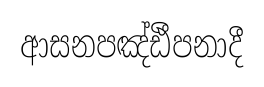
ආසනපඤ්ඪීපනාදී